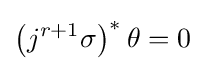
\left(j^{r+1}\sigma \right)^{*}\theta =0